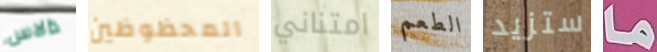
دالاس المحظوظين امتناني الطعم ستزيد ما